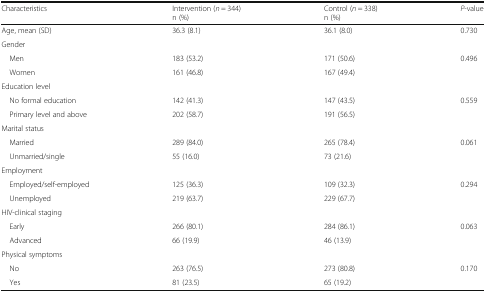
| Characteristics | Intervention (n = 344)n (%) | Control (n = 338)n (%) | P-value |
 | --- | --- | --- | --- |
 | Age, mean (SD) | 36.3 (8.1) | 36.1 (8.0) | 0.730 |
 | <COLSPAN=4> Gender |
 | Men | 183 (53.2) | 171 (50.6) | 0.496 |
 | Women | 161 (46.8) | 167 (49.4) |  |
 | <COLSPAN=4> Education level |
 | No formal education | 142 (41.3) | 147 (43.5) | 0.559 |
 | Primary level and above | 202 (58.7) | 191 (56.5) |  |
 | <COLSPAN=4> Marital status |
 | Married | 289 (84.0) | 265 (78.4) | 0.061 |
 | Unmarried/single | 55 (16.0) | 73 (21.6) |  |
 | <COLSPAN=4> Employment |
 | Employed/self-employed | 125 (36.3) | 109 (32.3) | 0.294 |
 | Unemployed | 219 (63.7) | 229 (67.7) |  |
 | <COLSPAN=4> HIV-clinical staging |
 | Early | 266 (80.1) | 284 (86.1) | 0.063 |
 | Advanced | 66 (19.9) | 46 (13.9) |  |
 | <COLSPAN=4> Physical symptoms |
 | No | 263 (76.5) | 273 (80.8) | 0.170 |
 | Yes | 81 (23.5) | 65 (19.2) |  |